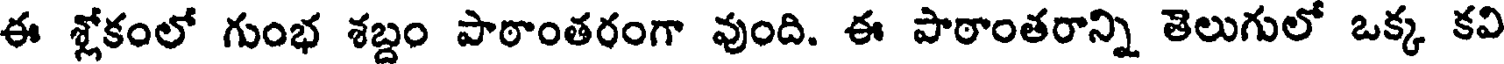
ఈ శ్లోకంలో గుంభ శబ్దం పాఠాంతరంగా వుంది. ఈ పాఠాంతరాన్ని తెలుగులో ఒక్క కవి